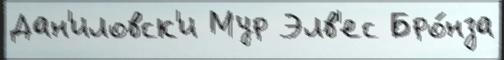
Дан'иловск'и Мур Элв'ес Бро́нза